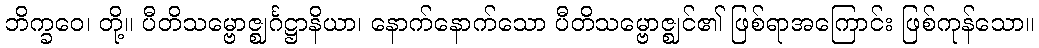
ဘိက္ခဝေ၊ တို့။ ပီတိသမ္ဗောဇ္ဈင်္ဂဋ္ဌာနိယာ၊ နောက်နောက်သော ပီတိသမ္ဗောဇ္ဈင်၏ ဖြစ်ရာအကြောင်း ဖြစ်ကုန်သော။